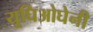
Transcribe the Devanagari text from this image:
यूघिओघेनी